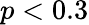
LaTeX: p<0.3